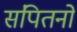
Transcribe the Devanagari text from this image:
संपितनो